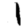
Digit: 1